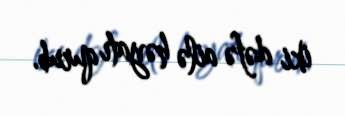
iki dəfə ailə həyatı qurub.